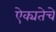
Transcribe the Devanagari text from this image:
ऐक्यतेचे